Annual statistical returns and brief notes on vaccination in Bengal - 1887-1898
Year: 1887
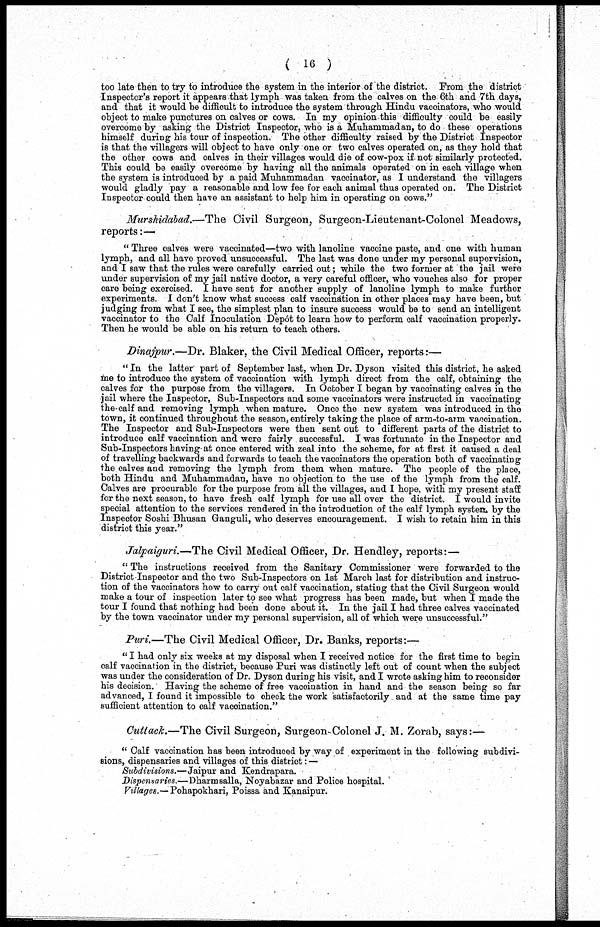
(16)
too late then to try to introduce the system in the interior of the district. From the district
Inspector's report it appears that lymph was taken from the calves on the 6th and 7th days,
and that it would be difficult to introduce the system through Hindu vaccinators, who would
object to make punctures on calves or cows. In my opinion this difficulty could be easily
overcome by asking the District Inspector, who is a Muhammadan, to do these operations
himself during his tour of inspection. The other difficulty raised by the District Inspector
is that the villagers will object to have only one or two calves operated on, as they hold that
the other cows and calves in their villages would die of cow-pox if not similarly protected.
This could be easily overcome by having all the animals operated on in each village when
the system is introduced by a paid Muhammadan vaccinator, as I understand the villagers
would gladly pay a reasonable and low fee for each animal thus operated on. The District
Inspector could then have an assistant to help him in operating on cows."
Murshidabad.—The Civil Surgeon, Surgeon-Lieutenant-Colonel Meadows,
reports:—
" Three calves were vaccinated—two with lanoline vaccine paste, and one with human
lymph, and all have proved unsuccessful. The last was done under my personal supervision,
and I saw that the rules were carefully carried out; while the two former at the jail were
under supervision of my jail native doctor, a very careful officer, who vouches also for proper
care being exercised. I have sent for another supply of lanoline lymph to make further
experiments. I don't know what success calf vaccination in other places may have been, but
judging from what I see, the simplest plan to insure success would be to send an intelligent
vaccinator to the Calf Inoculation Depôt to learn how to perform calf vaccination properly.
Then he would be able on his return to teach others.
Dinajpur.—Dr. Blaker, the Civil Medical Officer, reports:—
" In the latter part of September last, when Dr. Dyson visited this district, he asked
me to introduce the system of vaccination with lymph direct from the calf, obtaining the
calves for the purpose from the villagers. In October I began by vaccinating calves in the
jail where the Inspector, Sub-Inspectors and some vaccinators were instructed in vaccinating
the calf and removing lymph when mature. Once the new system was introduced in the
town, it continued throughout the season, entirely taking the place of arm-to-arm vaccination.
The Inspector and Sub-Inspectors were then sent out to different parts of the district to
introduce calf vaccination and were fairly successful. I was fortunate in the Inspector and
Sub-Inspectors having at once entered with zeal into the scheme, for at first it caused a deal
of travelling backwards and forwards to teach the vaccinators the operation both of vaccinating
the calves and removing the lymph from them when mature. The people of the place,
both Hindu and Muhammadan, have no objection to the use of the lymph from the calf.
Calves are procurable for the purpose from all the villages, and I hope, with my present staff
for the next season, to have fresh calf lymph for use all over the district. I would invite
special attention to the services rendered in the introduction of the calf lymph system by the
Inspector Soshi Bhusan Ganguli, who deserves encouragement. I wish to retain him in this
district this year."
Jalpaiguri.—The Civil Medical Officer, Dr. Hendley, reports:—
" The instructions received from the Sanitary Commissioner were forwarded to the
District Inspector and the two Sub-Inspectors on 1st March last for distribution and instruc-
tion of the vaccinators how to carry out calf vaccination, stating that the Civil Surgeon would
make a tour of inspection later to see what progress has been made, but when I made the
tour I found that nothing had been done about it. In the jail I had three calves vaccinated
by the town vaccinator under my personal supervision, all of which were unsuccessful."
Puri.—The Civil Medical Officer, Dr. Banks, reports:—
" I had only six weeks at my disposal when I received notice for the first time to begin
calf vaccination in the district, because Puri was distinctly left out of count when the subject
was under the consideration of Dr. Dyson during his visit, and I wrote asking him to reconsider
his decision. Having the scheme of free vaccination in hand and the season being so far
advanced, I found it impossible to check the work satisfactorily and at the same time pay
sufficient attention to calf vaccination."
Cuttack.—The
Civil Surgeon, Surgeon Colonel J. M. Zorab, says:—
" Calf vaccination has been introduced by way of experiment in the following subdivi-
sions, dispensaries and villages of this district: —
Subdivisions.—Jaipur and Kendrapara.
Dispensaries.—Dharmsalla, Noyabazar and Police hospital.
Villages.—Pohapokhari, Poissa and Kanaipur.